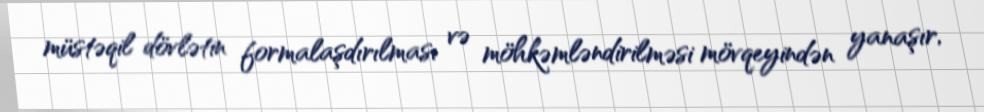
müstəqil dövlətin formalaşdırılması və möhkəmləndirilməsi mövqeyindən yanaşır,